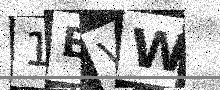
Text: 1BVW